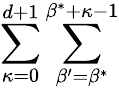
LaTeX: \sum_{\kappa=0}^{d+1}\sum_{\beta^{\prime}=\beta^{*}}^{\beta^{*}+\kappa-1}